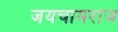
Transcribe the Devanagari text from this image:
जयचामराज